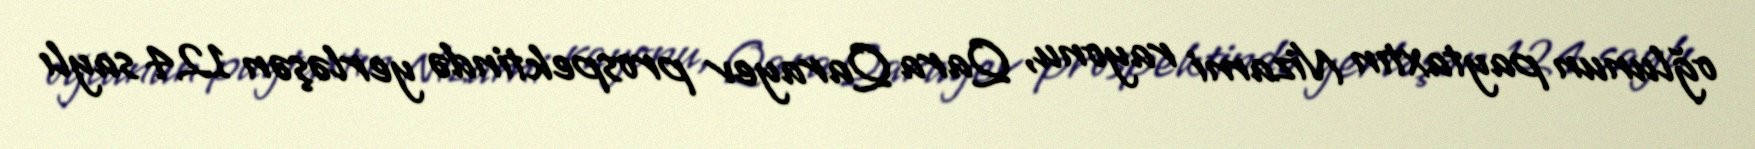
oğlunun paytaxtın Nizami rayonu, Qara Qarayev prospektində yerləşən 124 saylı